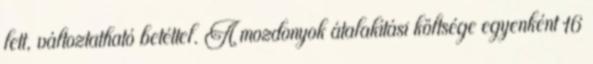
lett, változtatható betéttel. A mozdonyok átalakítási költsége egyenként 16